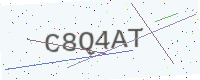
Text: C8Q4AT